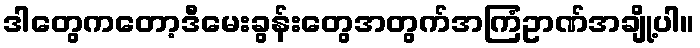
ဒါတွေကတော့ဒီမေးခွန်းတွေအတွက်အကြံဥာဏ်အချို့ပါ။